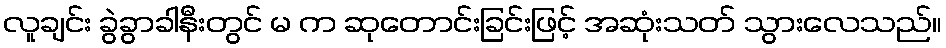
လူချင်း ခွဲခွာခါနီးတွင် မ က ဆုတောင်းခြင်းဖြင့် အဆုံးသတ် သွားလေသည်။